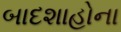
બાદશાહોના